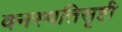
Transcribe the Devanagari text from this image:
वनस्पतिसृष्टी